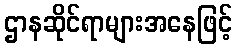
ဌာနဆိုင်ရာများအနေဖြင့်